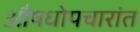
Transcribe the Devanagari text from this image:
औषधोपचारांत